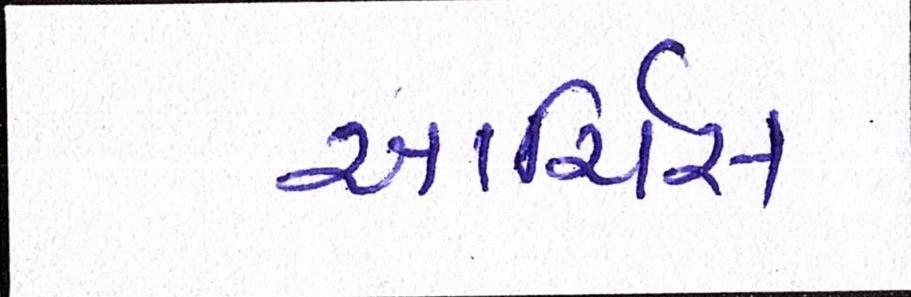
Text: આર્ચિસ